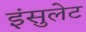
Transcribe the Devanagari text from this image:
इंसुलेट